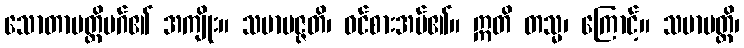
သောတာပတ္တိမဂ်၏ အကျိုး။ သမာပဇ္ဇတိ၊ ဝင်စားအပ်၏။ ဣတိ တသ္မ၊ ကြောင့်။ သမာပတ္တိ၊